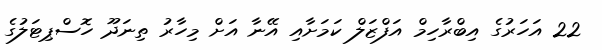
22 އަހަރުގެ އިބްރާހިމް އަފްޒަލް ކަމަށާއި އޭނާ އަށް މިހާރު ތިނަދޫ ހޮސްޕިޓަލުގެ